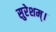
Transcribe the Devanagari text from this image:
सुरेशम्।